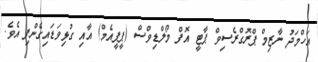
އަހްމަދު ނާޒިމް ޕްރޮގްރެސިވް ޕާޓީ އޮފް މޯލްޑިވްސް (ޕީޕީއެމް) އާއި ގުޅިވަޑައިގެންފި އެވެ.